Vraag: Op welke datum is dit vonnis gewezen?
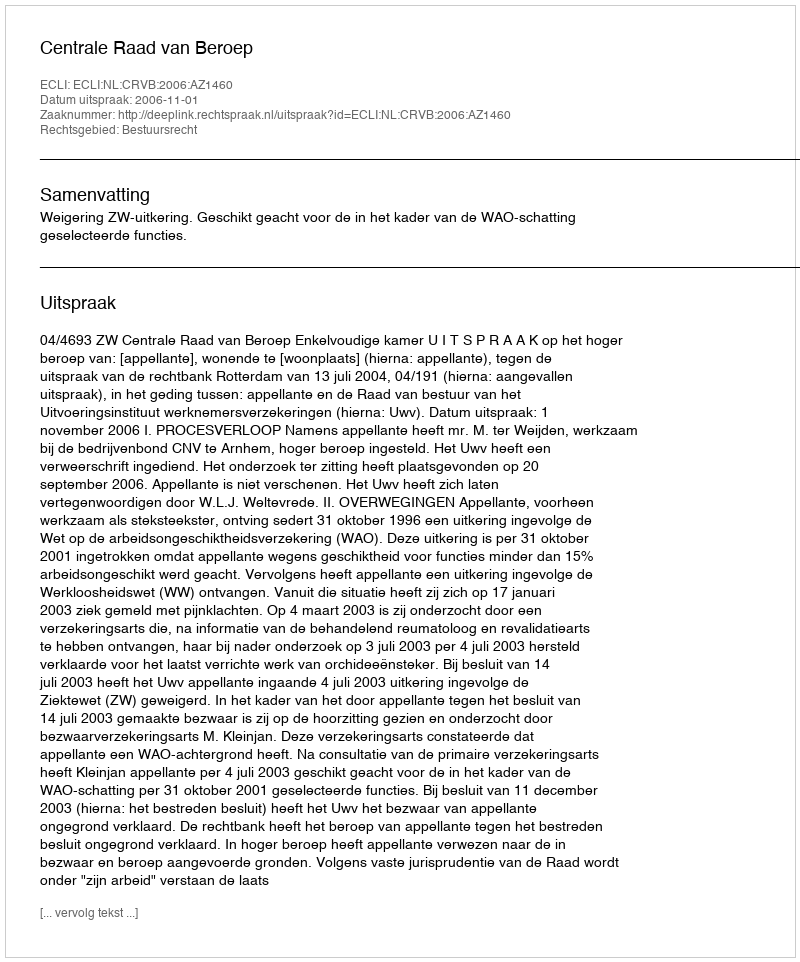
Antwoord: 2006-11-01